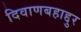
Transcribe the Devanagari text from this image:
दिवाणबहाद्दुर